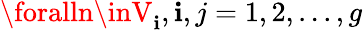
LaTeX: \foralln\inV_{\mathbf{i}},\mathbf{i},j=1,2,...,g